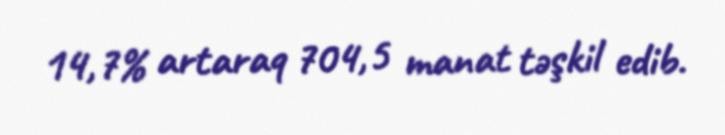
14,7% artaraq 704,5 manat təşkil edib.